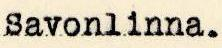
Savonlinna.